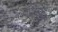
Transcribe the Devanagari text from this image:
डबल्यूआईपीओ